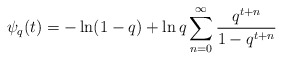
\begin{align*}\psi_q(t)= -\ln(1-q) + \ln q \sum_{n=0}^{\infty}\frac{q^{t+n}}{1-q^{t+n}}\end{align*}